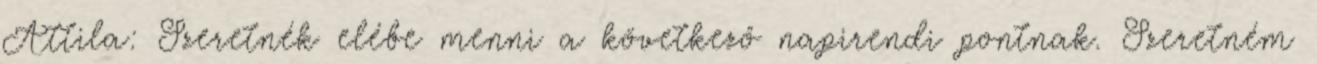
Attila: Szeretnék elébe menni a következő napirendi pontnak. Szeretném